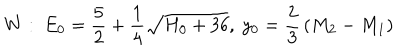
W : ~ E _ { 0 } = { \frac { 5 } { 2 } } + { \frac { 1 } { 4 } } \sqrt { H _ { 0 } + 3 6 } , ~ y _ { 0 } = { \frac { 2 } { 3 } } \left( M _ { 2 } - M _ { 1 } \right)